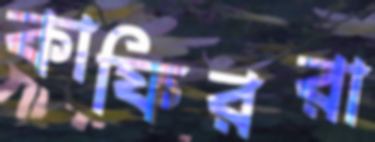
কাফিররা